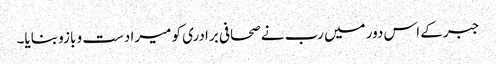
جبر کے اس دور میں رب نے صحافی برادری کو میرا دست و بازو بنایا۔